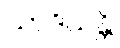
သာဒိယန္တိ